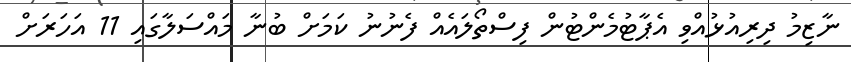
ނާޒިމު ދިރިއުޅުއްވި އެޕާޓުމެންޓުން ފިސްތޯލައެއް ފެނުނު ކަމަށް ބުނާ މައްސަލާގައި 11 އަހަރަށް